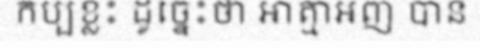
កប្បខ្លះ ដូច្នេះថា អាត្មាអញ បាន